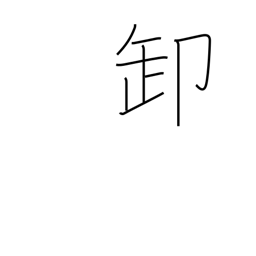
Meaning: wholesale